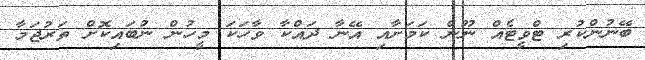
ބޭނުންކުރި ޓްވީޓެއް ނޫން ކަމަށާއި އޭނާ ދައްކާ ވާހަކަ މީހުން ނުބައިކޮށް ތަރުޖަމާ